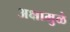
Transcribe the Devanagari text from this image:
अक्षामुळे